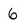
Character: 6